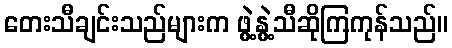
တေးသီချင်းသည်များက ဖွဲ့နွဲ့သီဆိုကြကုန်သည်။